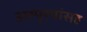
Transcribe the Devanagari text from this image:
अस्पृश्यांसह